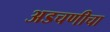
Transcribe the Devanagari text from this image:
अडचणीचा